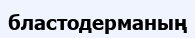
бластодерманың